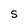
Character: S